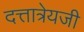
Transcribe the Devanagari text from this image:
दत्तात्रेयजी